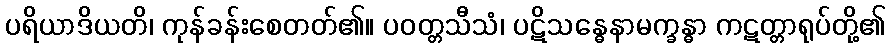
ပရိယာဒိယတိ၊ ကုန်ခန်းစေတတ်၏။ ပဝတ္တသီသံ၊ ပဋိသန္ဓေနာမက္ခန္ဓာ ကဋတ္တာရုပ်တို့၏